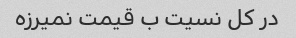
در کل نسیت ب قیمت نمیرزه